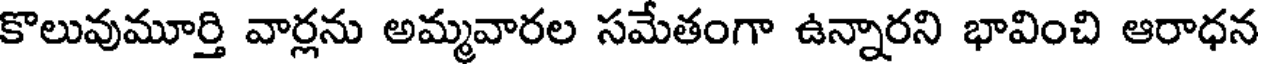
కొలువుమూర్తి వార్లను అమ్మవారల సమేతంగా ఉన్నారని భావించి ఆరాధన